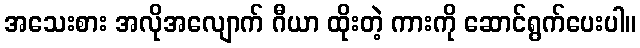
အသေးစား အလိုအလျောက် ဂီယာ ထိုးတဲ့ ကားကို ဆောင်ရွက်ပေးပါ။